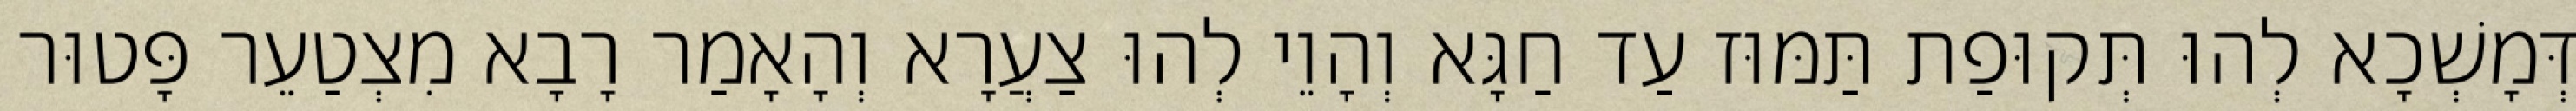
דְּמָשְׁכָא לְהוּ תְּקוּפַת תַּמּוּז עַד חַגָּא וְהָוֵי לְהוּ צַעֲרָא וְהָאָמַר רָבָא מִצְטַעֵר פָּטוּר